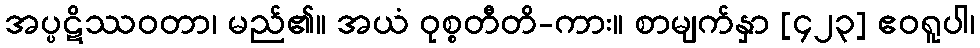
အပ္ပဋိဿဝတာ၊ မည်၏။ အယံ ဝုစ္စတီတိ-ကား။ စာမျက်နှာ [၄၂၃] ဧဝရူပါ၊